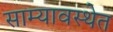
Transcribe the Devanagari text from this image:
साम्यावस्थेत